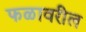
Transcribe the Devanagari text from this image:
फळावरील